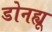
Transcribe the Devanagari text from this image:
डोनह्यू